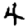
Digit: 4